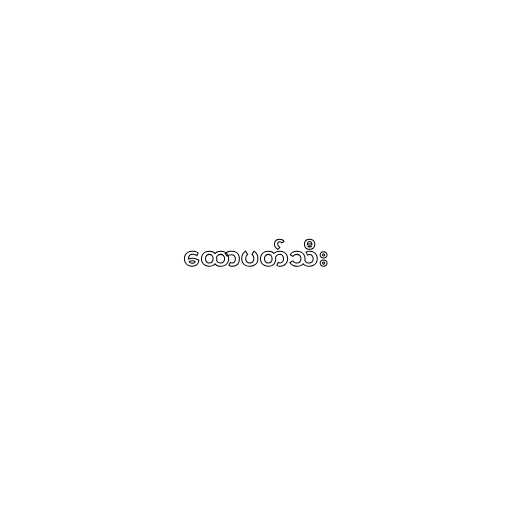
ထောပတ်သီး